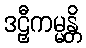
ဒဠှီကမ္မန္တိ